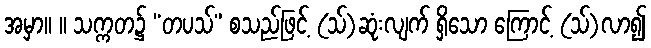
အမှာ။ ။ သက္ကတ၌ “တပသ်” စသည်ဖြင့် (သ်)ဆုံးလျက် ရှိသော ကြောင့် (သ်)လာ၍